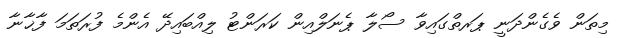
މިތަން ވެގެންދަނީ ޕަރތްގައިވާ ސޯލާ ޕެނަލްއިން ކަރަންޓު ލިއްބައިދޭ އެންމެ ފުރަތަމަ ފާޚާނާ